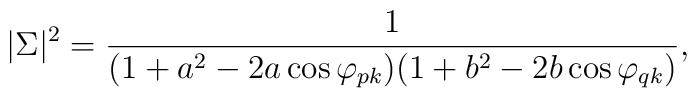
|\Sigma|^2 = {1\over (1+a^2-2a\cos\varphi_{pk})(1+b^2-2b\cos\varphi_{qk})},